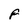
Character: F